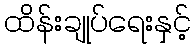
ထိန်းချုပ်ရေးနှင့်